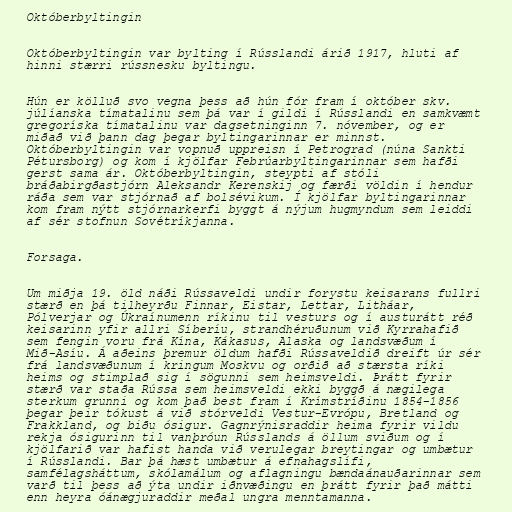
Októberbyltingin

Októberbyltingin var bylting í Rússlandi árið 1917, hluti af
hinni stærri rússnesku byltingu.

Hún er kölluð svo vegna þess að hún fór fram í október skv.
júlíanska tímatalinu sem þá var í gildi í Rússlandi en samkvæmt
gregoríska tímatalinu var dagsetninginn 7. nóvember, og er
miðað við þann dag þegar byltingarinnar er minnst.
Októberbyltingin var vopnuð uppreisn í Petrograd (núna Sankti
Pétursborg) og kom í kjölfar Febrúarbyltingarinnar sem hafði
gerst sama ár. Októberbyltingin, steypti af stóli
bráðabirgðastjórn Aleksandr Kerenskij og færði völdin í hendur
ráða sem var stjórnað af bolsévikum. Í kjölfar byltingarinnar
kom fram nýtt stjórnarkerfi byggt á nýjum hugmyndum sem leiddi
af sér stofnun Sovétríkjanna.

Forsaga.

Um miðja 19. öld náði Rússaveldi undir forystu keisarans fullri
stærð en þá tilheyrðu Finnar, Eistar, Lettar, Litháar,
Pólverjar og Úkraínumenn ríkinu til vesturs og í austurátt réð
keisarinn yfir allri Síberíu, strandhéruðunum við Kyrrahafið
sem fengin voru frá Kína, Kákasus, Alaska og landsvæðum í
Mið-Asíu. Á aðeins þremur öldum hafði Rússaveldið dreift úr sér
frá landsvæðunum í kringum Moskvu og orðið að stærsta ríki
heims og stimplað sig í sögunni sem heimsveldi. Þrátt fyrir
stærð var staða Rússa sem heimsveldi ekki byggð á nægilega
sterkum grunni og kom það best fram í Krímstríðinu 1854-1856
þegar þeir tókust á við stórveldi Vestur-Evrópu, Bretland og
Frakkland, og biðu ósigur. Gagnrýnisraddir heima fyrir vildu
rekja ósigurinn til vanþróun Rússlands á öllum sviðum og í
kjölfarið var hafist handa við verulegar breytingar og umbætur
í Rússlandi. Bar þá hæst umbætur á efnahagslífi,
samfélagsháttum, skólamálum og aflagningu bændaánauðarinnar sem
varð til þess að ýta undir iðnvæðingu en þrátt fyrir það mátti
enn heyra óánægjuraddir meðal ungra menntamanna.